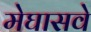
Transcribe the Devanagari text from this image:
मेघासवे